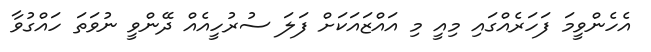
އެހެންވީމަ ފަހަރެއްގައި މިއީ މި އައްޒައަކަށް ފަލަ ސުރުހީއެއް ދޭންވީ ނުވަތަ ހައްގުވާ